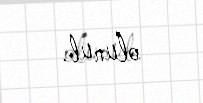
olunub.